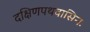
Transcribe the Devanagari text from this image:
दक्षिणपथवासिनः